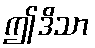
ဤဒိသာ